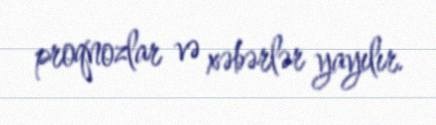
proqnozlar və xəbərlər yayılır.